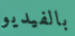
بالفيديو